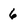
Character: 6